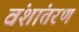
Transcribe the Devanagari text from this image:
वंशांतरण